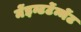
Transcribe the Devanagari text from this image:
मेंइन्टर्टेन्मेंट